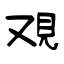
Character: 覌